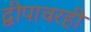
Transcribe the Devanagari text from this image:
द्वीपावरही